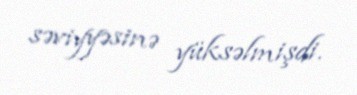
səviyyəsinə yüksəlmişdi.